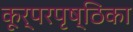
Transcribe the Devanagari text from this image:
कूर्परपृष्ठिका